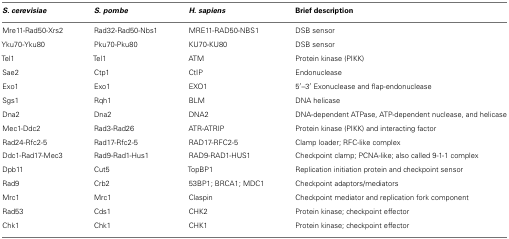
<table><thead><tr><td><b><i>S. cerevisiae</i></b></td><td><b><i>S. pombe</i></b></td><td><b><i>H. sapiens</i></b></td><td><b>Brief description</b></td></tr></thead><tbody><tr><td>Mre11-Rad50-Xrs2</td><td>Rad32-Rad50-Nbs1</td><td>MRE11-RAD50-NBS1</td><td>DSB sensor</td></tr><tr><td>Yku70-Yku80</td><td>Pku70-Pku80</td><td>KU70-KU80</td><td>DSB sensor</td></tr><tr><td>Tel1</td><td>Tel1</td><td>ATM</td><td>Protein kinase (PIKK)</td></tr><tr><td>Sae2</td><td>Ctp1</td><td>CtIP</td><td>Endonuclease</td></tr><tr><td>Exo1</td><td>Exo1</td><td>EXO1</td><td>5′–3′ Exonuclease and flap-endonuclease</td></tr><tr><td>Sgs1</td><td>Rqh1</td><td>BLM</td><td>DNA helicase</td></tr><tr><td>Dna2</td><td>Dna2</td><td>DNA2</td><td>DNA-dependent ATPase, ATP-dependent nuclease, and helicase</td></tr><tr><td>Mec1-Ddc2</td><td>Rad3-Rad26</td><td>ATR-ATRIP</td><td>Protein kinase (PIKK) and interacting factor</td></tr><tr><td>Rad24-Rfc2-5</td><td>Rad17-Rfc2-5</td><td>RAD17-RFC2-5</td><td>Clamp loader; RFC-like complex</td></tr><tr><td>Ddc1-Rad17-Mec3</td><td>Rad9-Rad1-Hus1</td><td>RAD9-RAD1-HUS1</td><td>Checkpoint clamp; PCNA-like; also called 9-1-1 complex</td></tr><tr><td>Dpb11</td><td>Cut5</td><td>TopBP1</td><td>Replication initiation protein and checkpoint sensor</td></tr><tr><td>Rad9</td><td>Crb2</td><td>53BP1; BRCA1; MDC1</td><td>Checkpoint adaptors/mediators</td></tr><tr><td>Mrc1</td><td>Mrc1</td><td>Claspin</td><td>Checkpoint mediator and replication fork component</td></tr><tr><td>Rad53</td><td>Cds1</td><td>CHK2</td><td>Protein kinase; checkpoint effector</td></tr><tr><td>Chk1</td><td>Chk1</td><td>CHK1</td><td>Protein kinase; checkpoint effector</td></tr></tbody></table>